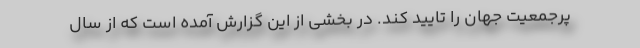
پرجمعیت جهان را تایید کند. در بخشی از این گزارش آمده است که از سال